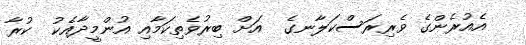
އެއުރެންގެ ވެރިރަސްކަލާނގެ  އަށް ބިރުވެތިކަމާއި އުންމީދާއެކު  ކުރާ